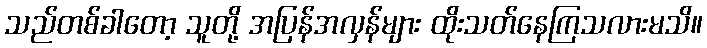
သည်တစ်ခါတော့ သူတို့ အပြန်အလှန်များ ထိုးသတ်နေကြသလားမသိ။